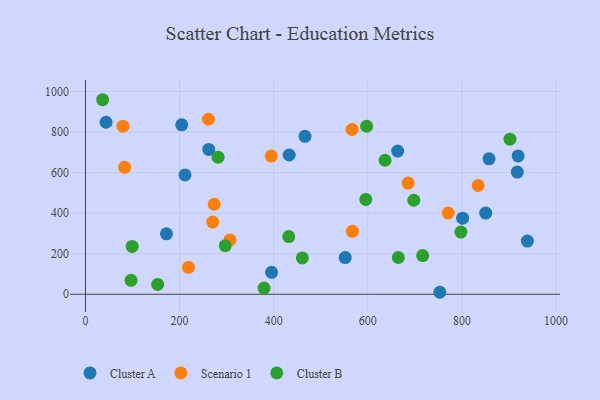
{"axis": {"x": "Speed", "y": "Profit"}, "legend": ["Cluster A", "Cluster B", "Scenario 1"], "data": [{"x": "917.7", "y": 602.7, "type": "Cluster A"}, {"x": "552.0", "y": 180.7, "type": "Cluster A"}, {"x": "204.5", "y": 835.5, "type": "Cluster A"}, {"x": "172.1", "y": 298.3, "type": "Cluster A"}, {"x": "919.5", "y": 682.3, "type": "Cluster A"}, {"x": "466.6", "y": 778.8, "type": "Cluster A"}, {"x": "432.9", "y": 686.9, "type": "Cluster A"}, {"x": "395.6", "y": 108.3, "type": "Cluster A"}, {"x": "939.2", "y": 262.2, "type": "Cluster A"}, {"x": "801.6", "y": 375.0, "type": "Cluster A"}, {"x": "262.0", "y": 714.2, "type": "Cluster A"}, {"x": "753.1", "y": 9.8, "type": "Cluster A"}, {"x": "211.5", "y": 588.5, "type": "Cluster A"}, {"x": "850.6", "y": 400.2, "type": "Cluster A"}, {"x": "43.7", "y": 848.3, "type": "Cluster A"}, {"x": "663.5", "y": 706.3, "type": "Cluster A"}, {"x": "857.7", "y": 668.1, "type": "Cluster A"}, {"x": "218.9", "y": 133.0, "type": "Scenario 1"}, {"x": "834.6", "y": 536.3, "type": "Scenario 1"}, {"x": "770.9", "y": 400.8, "type": "Scenario 1"}, {"x": "307.0", "y": 268.2, "type": "Scenario 1"}, {"x": "566.6", "y": 812.7, "type": "Scenario 1"}, {"x": "273.5", "y": 443.9, "type": "Scenario 1"}, {"x": "83.2", "y": 626.2, "type": "Scenario 1"}, {"x": "567.3", "y": 310.5, "type": "Scenario 1"}, {"x": "394.8", "y": 681.3, "type": "Scenario 1"}, {"x": "261.3", "y": 863.1, "type": "Scenario 1"}, {"x": "270.4", "y": 356.0, "type": "Scenario 1"}, {"x": "79.7", "y": 829.1, "type": "Scenario 1"}, {"x": "685.7", "y": 548.4, "type": "Scenario 1"}, {"x": "297.1", "y": 239.4, "type": "Cluster B"}, {"x": "153.4", "y": 48.3, "type": "Cluster B"}, {"x": "36.4", "y": 959.4, "type": "Cluster B"}, {"x": "902.2", "y": 764.7, "type": "Cluster B"}, {"x": "595.8", "y": 467.8, "type": "Cluster B"}, {"x": "281.8", "y": 676.3, "type": "Cluster B"}, {"x": "597.5", "y": 828.7, "type": "Cluster B"}, {"x": "797.9", "y": 306.6, "type": "Cluster B"}, {"x": "432.0", "y": 284.5, "type": "Cluster B"}, {"x": "460.9", "y": 179.3, "type": "Cluster B"}, {"x": "379.5", "y": 30.4, "type": "Cluster B"}, {"x": "716.6", "y": 191.0, "type": "Cluster B"}, {"x": "697.8", "y": 463.7, "type": "Cluster B"}, {"x": "636.7", "y": 661.0, "type": "Cluster B"}, {"x": "96.8", "y": 68.6, "type": "Cluster B"}, {"x": "664.8", "y": 181.3, "type": "Cluster B"}, {"x": "99.2", "y": 235.7, "type": "Cluster B"}]}